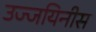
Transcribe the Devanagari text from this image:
उज्जयिनीस